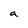
Character: a